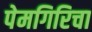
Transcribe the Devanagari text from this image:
पेमगिरिचा